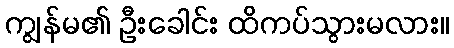
ကျွန်မ၏ ဦးခေါင်း ထိကပ်သွားမလား။